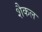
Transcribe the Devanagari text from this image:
शैकल